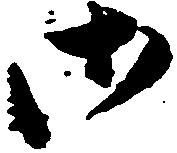
御